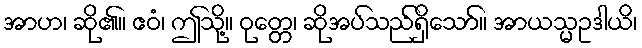
အာဟ၊ ဆို၏။ ဧဝံ၊ ဤသို့။ ဝုတ္တေ၊ ဆိုအပ်သည်ရှိသော်။ အာယသ္မဥဒါယိ၊